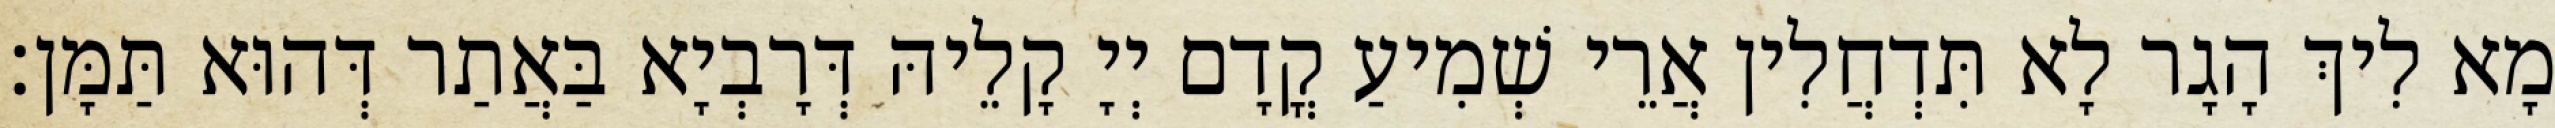
מָא לִיךְ הָגָר לָא תִּדְחֲלִין אֲרֵי שְׁמִיעַ קֳדָם יְיָ קָלֵיהּ דְּרָבְיָא בַּאֲתַר דְּהוּא תַּמָּן׃